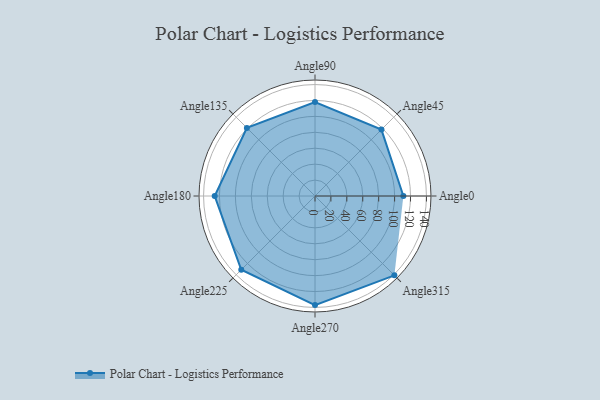
{"axis": {"x": "Angle", "y": "Radius"}, "legend": [""], "data": [{"x": "Angle0", "y": 111.0, "type": ""}, {"x": "Angle45", "y": 118.0, "type": ""}, {"x": "Angle90", "y": 118.0, "type": ""}, {"x": "Angle135", "y": 121.0, "type": ""}, {"x": "Angle180", "y": 126.0, "type": ""}, {"x": "Angle225", "y": 131.0, "type": ""}, {"x": "Angle270", "y": 137.0, "type": ""}, {"x": "Angle315", "y": 141.0, "type": ""}]}